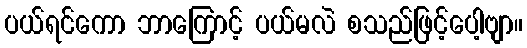
ပယ်ရင်ကော ဘာကြောင့် ပယ်မလဲ စသည်ဖြင့်ပေါ့ဗျာ။